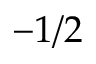
- 1 / 2